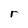
Character: r